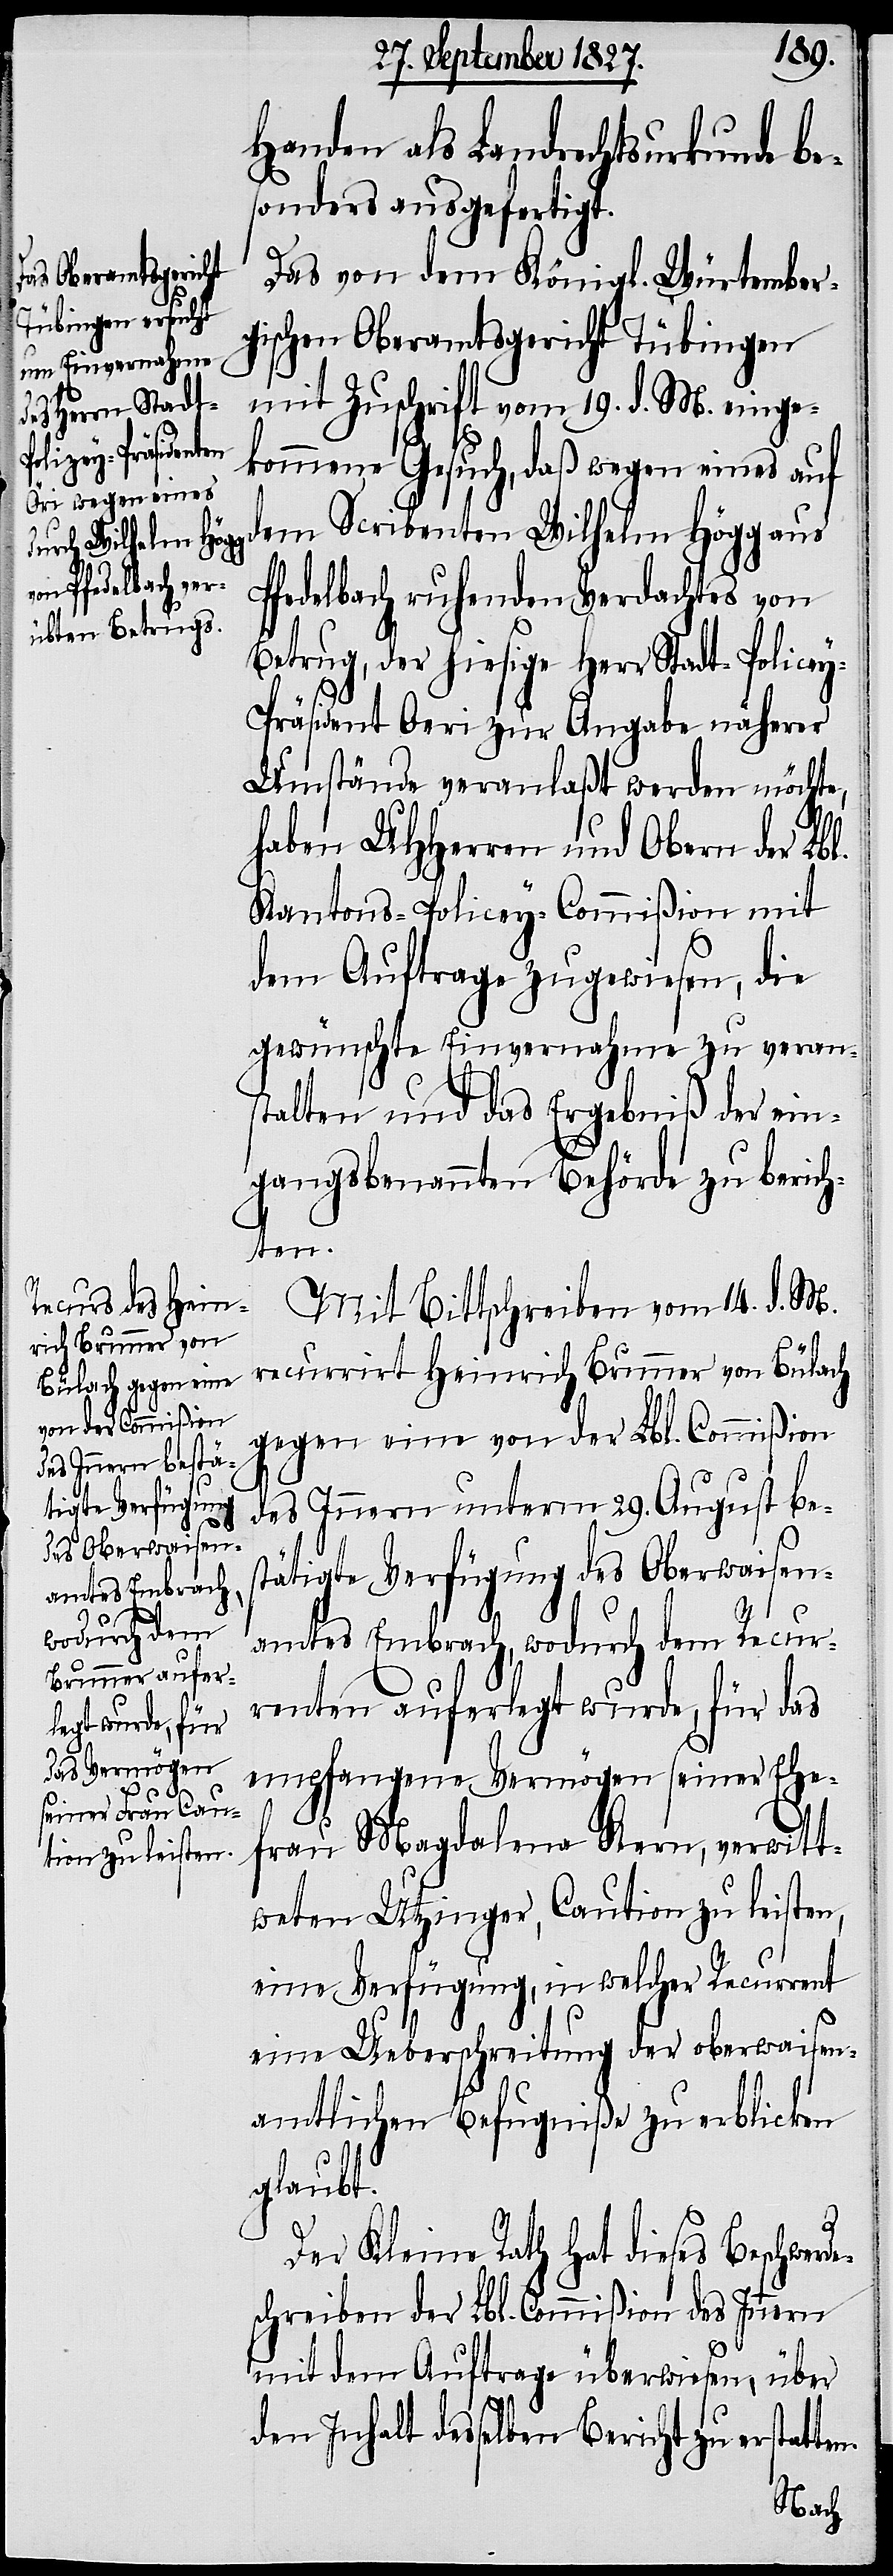
l.

Handen als Landrechtsurkunde be¬
sonders ausgefertigt.
Das von dem Königl. Würtember¬
gischen Oberamtsgericht Tübingen
mit Zuschrift vom 19. d. M. einge¬
kommene Gesuch, daß wegen eines auf
dem Scribenten Wilhelm Högg aus
Pfedelbach ruhenden Verdachtes von
Betrug, der hiesige Herr Stadt-Police¬
y-Präsident Oeri zur Angabe näherer
Umstände veranlaßt werden möchte,
haben UHHerren und Obern der Lb¬
Kantons-Policey-Commißion mit
dem Auftrage zugewiesen, die
gewünschte Einvernahme zu veran¬
stalten und das Ergebniß der ein¬
gangsbenannten Behörde zu berich¬
ten.
Mit Bittschreiben vom 14. d. M.
recurrirt Heinrich Brunner von Bülach
gegen eine von der Lbl. Commißion
des Innern unterm 29. August be¬
stätigte Verfügung des Oberwaisen¬
amtes Embrach, wodurch dem Recur¬
renten auferlegt wurde, für das
empfangene Vermögen seiner Ehe¬
frau Magdalena Kern, verwitt¬
weten Utzinger, Caution zu leisten,
eine Verfügung, in welcher Recurrent
eine Ueberschreitung der oberwaisen¬
amtlichen Befugniße zu erblicken
glaubt.
e¬
Der Kleine Rath hat dieses Beschwerd¬
schreiben der Lbl. Commißion des Innern
mit dem Auftrage überwiesen, über
den Inhalt desselben Bericht zu erstat¬